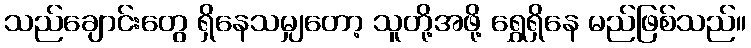
သည်ချောင်းတွေ ရှိနေသမျှတော့ သူတို့အဖို့ ရွှေရှိနေ မည်ဖြစ်သည်။